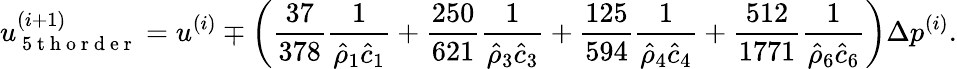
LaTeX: u_{\mathrm{~5~t~h~o~r~d~e~r~}}^{(i+1)}=u^{(i)}\mp\left(\frac{37}{378}\frac{1}{\hat{\rho}_{1}\hat{c}_{1}}+\frac{250}{621}\frac{1}{\hat{\rho}_{3}\hat{c}_{3}}+\frac{125}{594}\frac{1}{\hat{\rho}_{4}\hat{c}_{4}}+\frac{512}{1771}\frac{1}{\hat{\rho}_{6}\hat{c}_{6}}\right)\Delta p^{(i)}.